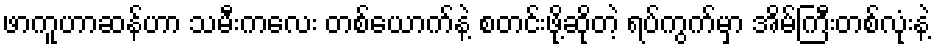
ဖာကူဟာဆန်ဟာ သမီးကလေး တစ်ယောက်နဲ့ စတင်းဖို့ဆိုတဲ့ ရပ်ကွက်မှာ အိမ်ကြီးတစ်လုံးနဲ့